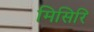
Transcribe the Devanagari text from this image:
मिसिरि